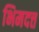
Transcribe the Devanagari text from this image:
भिमदत्त